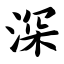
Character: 深